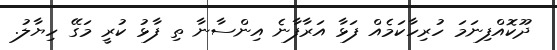
ދޫކޮއްފިނަމަ ހުރިހާކަމެއް ފަޅާ އަރާފާނެ އިންސާނާ ތި ފާޅު ކުރީ މަގޭ ހިޔާލު.